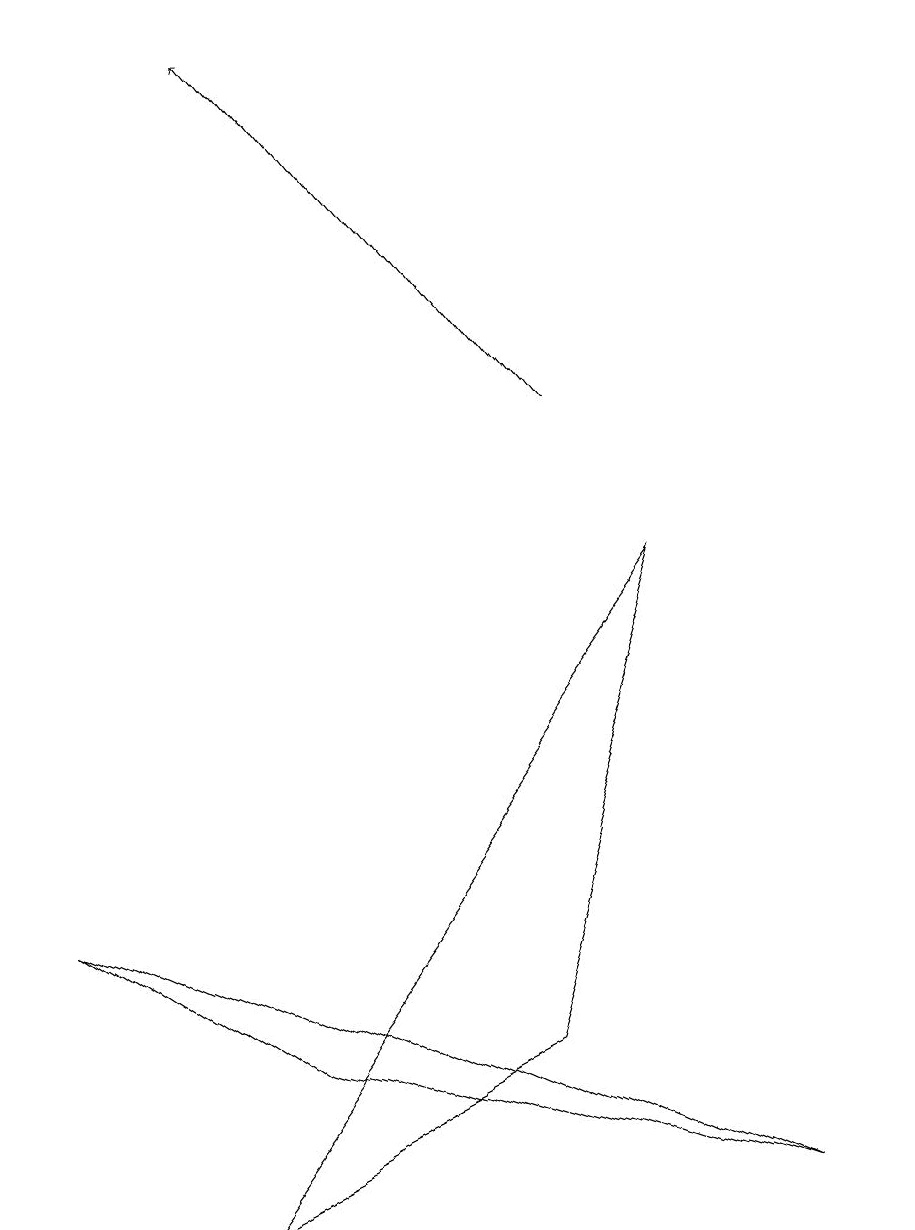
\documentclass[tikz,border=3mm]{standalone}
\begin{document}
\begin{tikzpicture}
\draw (3,2) -- (9,0) -- (0,4) -- cycle;
\draw (2,0) -- (6,2) -- (8,8) -- cycle;
\draw (11,11) circle (0);
\draw[->] (7,10) -- (3,15);
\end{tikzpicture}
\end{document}